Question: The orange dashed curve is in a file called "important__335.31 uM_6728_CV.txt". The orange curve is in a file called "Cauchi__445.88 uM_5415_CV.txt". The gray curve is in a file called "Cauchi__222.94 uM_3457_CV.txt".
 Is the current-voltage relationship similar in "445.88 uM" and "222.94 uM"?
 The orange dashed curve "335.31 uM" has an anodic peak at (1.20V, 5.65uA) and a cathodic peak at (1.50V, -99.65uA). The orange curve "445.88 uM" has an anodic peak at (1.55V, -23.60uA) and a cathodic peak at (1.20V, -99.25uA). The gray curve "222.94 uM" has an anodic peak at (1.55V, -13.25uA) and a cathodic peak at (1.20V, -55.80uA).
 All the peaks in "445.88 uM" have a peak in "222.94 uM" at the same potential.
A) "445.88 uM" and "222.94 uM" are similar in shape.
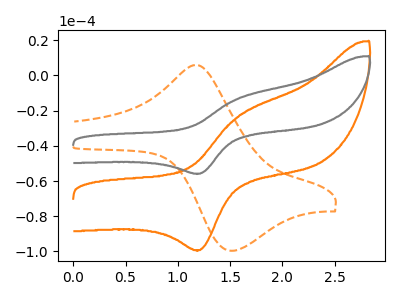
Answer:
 <answer>A) "445.88 uM" and "222.94 uM" are similar in shape.</answer>
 <eval>A</eval>